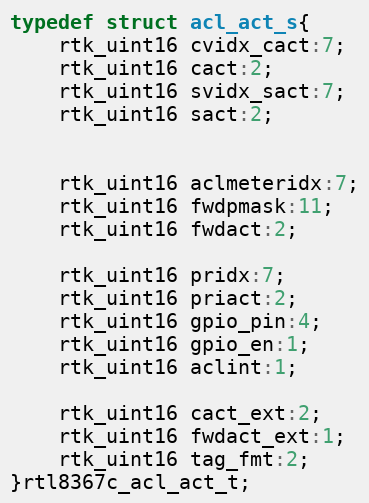
Language: C
typedef struct acl_act_s{
    rtk_uint16 cvidx_cact:7;
    rtk_uint16 cact:2;
    rtk_uint16 svidx_sact:7;
    rtk_uint16 sact:2;

    rtk_uint16 aclmeteridx:7;
    rtk_uint16 fwdpmask:11;
    rtk_uint16 fwdact:2;

    rtk_uint16 pridx:7;
    rtk_uint16 priact:2;
    rtk_uint16 gpio_pin:4;
    rtk_uint16 gpio_en:1;
    rtk_uint16 aclint:1;

    rtk_uint16 cact_ext:2;
    rtk_uint16 fwdact_ext:1;
    rtk_uint16 tag_fmt:2;
}rtl8367c_acl_act_t;